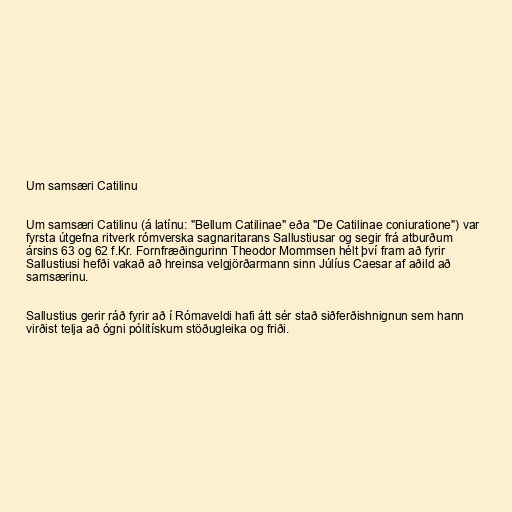
Um samsæri Catilinu

Um samsæri Catilinu (á latínu: "Bellum Catilinae" eða "De Catilinae coniuratione") var
fyrsta útgefna ritverk rómverska sagnaritarans Sallustiusar og segir frá atburðum
ársins 63 og 62 f.Kr. Fornfræðingurinn Theodor Mommsen hélt því fram að fyrir
Sallustiusi hefði vakað að hreinsa velgjörðarmann sinn Júlíus Caesar af aðild að
samsærinu.

Sallustius gerir ráð fyrir að í Rómaveldi hafi átt sér stað siðferðishnignun sem hann
virðist telja að ógni pólitískum stöðugleika og friði.